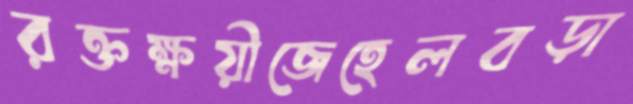
রক্তক্ষয়ীজেহেলবড়া